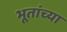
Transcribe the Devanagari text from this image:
भूतांच्या